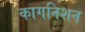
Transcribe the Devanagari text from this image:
कागनिशन